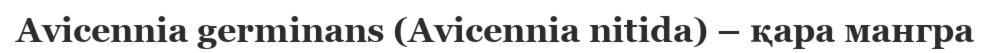
Avicennia germinans (Avicennia nitida) – қара мангра